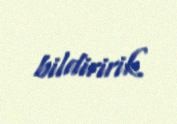
bildiririk.